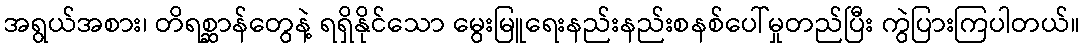
အရွယ်အစား၊ တိရစ္ဆာန်တွေနဲ့ ရရှိနိုင်သော မွေးမြူရေးနည်းနည်းစနစ်ပေါ်မှုတည်ပြီး ကွဲပြားကြပါတယ်။